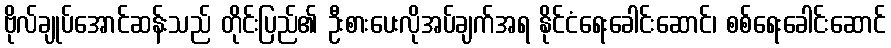
ဗိုလ်ချုပ်အောင်ဆန်းသည် တိုင်းပြည်၏ ဦးစားပေးလိုအပ်ချက်အရ နိုင်ငံရေးခေါင်းဆောင်၊ စစ်ရေးခေါင်းဆောင်